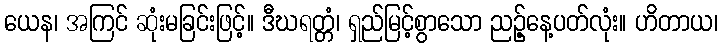
ယေန၊ အကြင် ဆုံးမခြင်းဖြင့်။ ဒီဃရတ္တံ၊ ရှည်မြင့်စွာသော ညဉ့်နေ့ပတ်လုံး။ ဟိတာယ၊